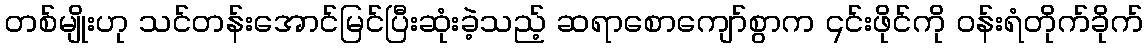
တစ်မျိုးဟု သင်တန်းအောင်မြင်ပြီးဆုံးခဲ့သည့် ဆရာစောကျော်စွာက ၎င်းဖိုင်ကို ဝန်းရံတိုက်ခိုက်